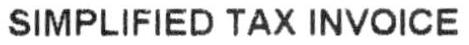
SIMPLIFIED TAX INVOICE